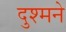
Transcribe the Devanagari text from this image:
दुश्मने